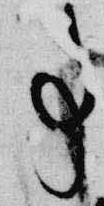
事